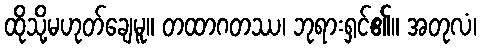
ထိုသို့မဟုတ်ချေမူ။ တထာဂတဿ၊ ဘုရားရှင်၏။ အတုလံ၊